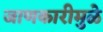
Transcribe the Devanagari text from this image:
जाणकारीमुळे